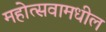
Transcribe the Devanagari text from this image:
महोत्सवामधील